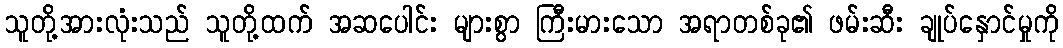
သူတို့အားလုံးသည် သူတို့ထက် အဆပေါင်း များစွာ ကြီးမားသော အရာတစ်ခု၏ ဖမ်းဆီး ချုပ်နှောင်မှုကို